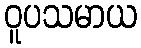
ဝူပသမာယ